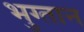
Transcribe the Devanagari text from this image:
भुग्तान